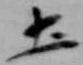
土